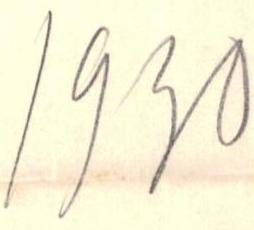
1930